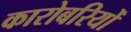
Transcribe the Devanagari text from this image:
कारोबरियोँ